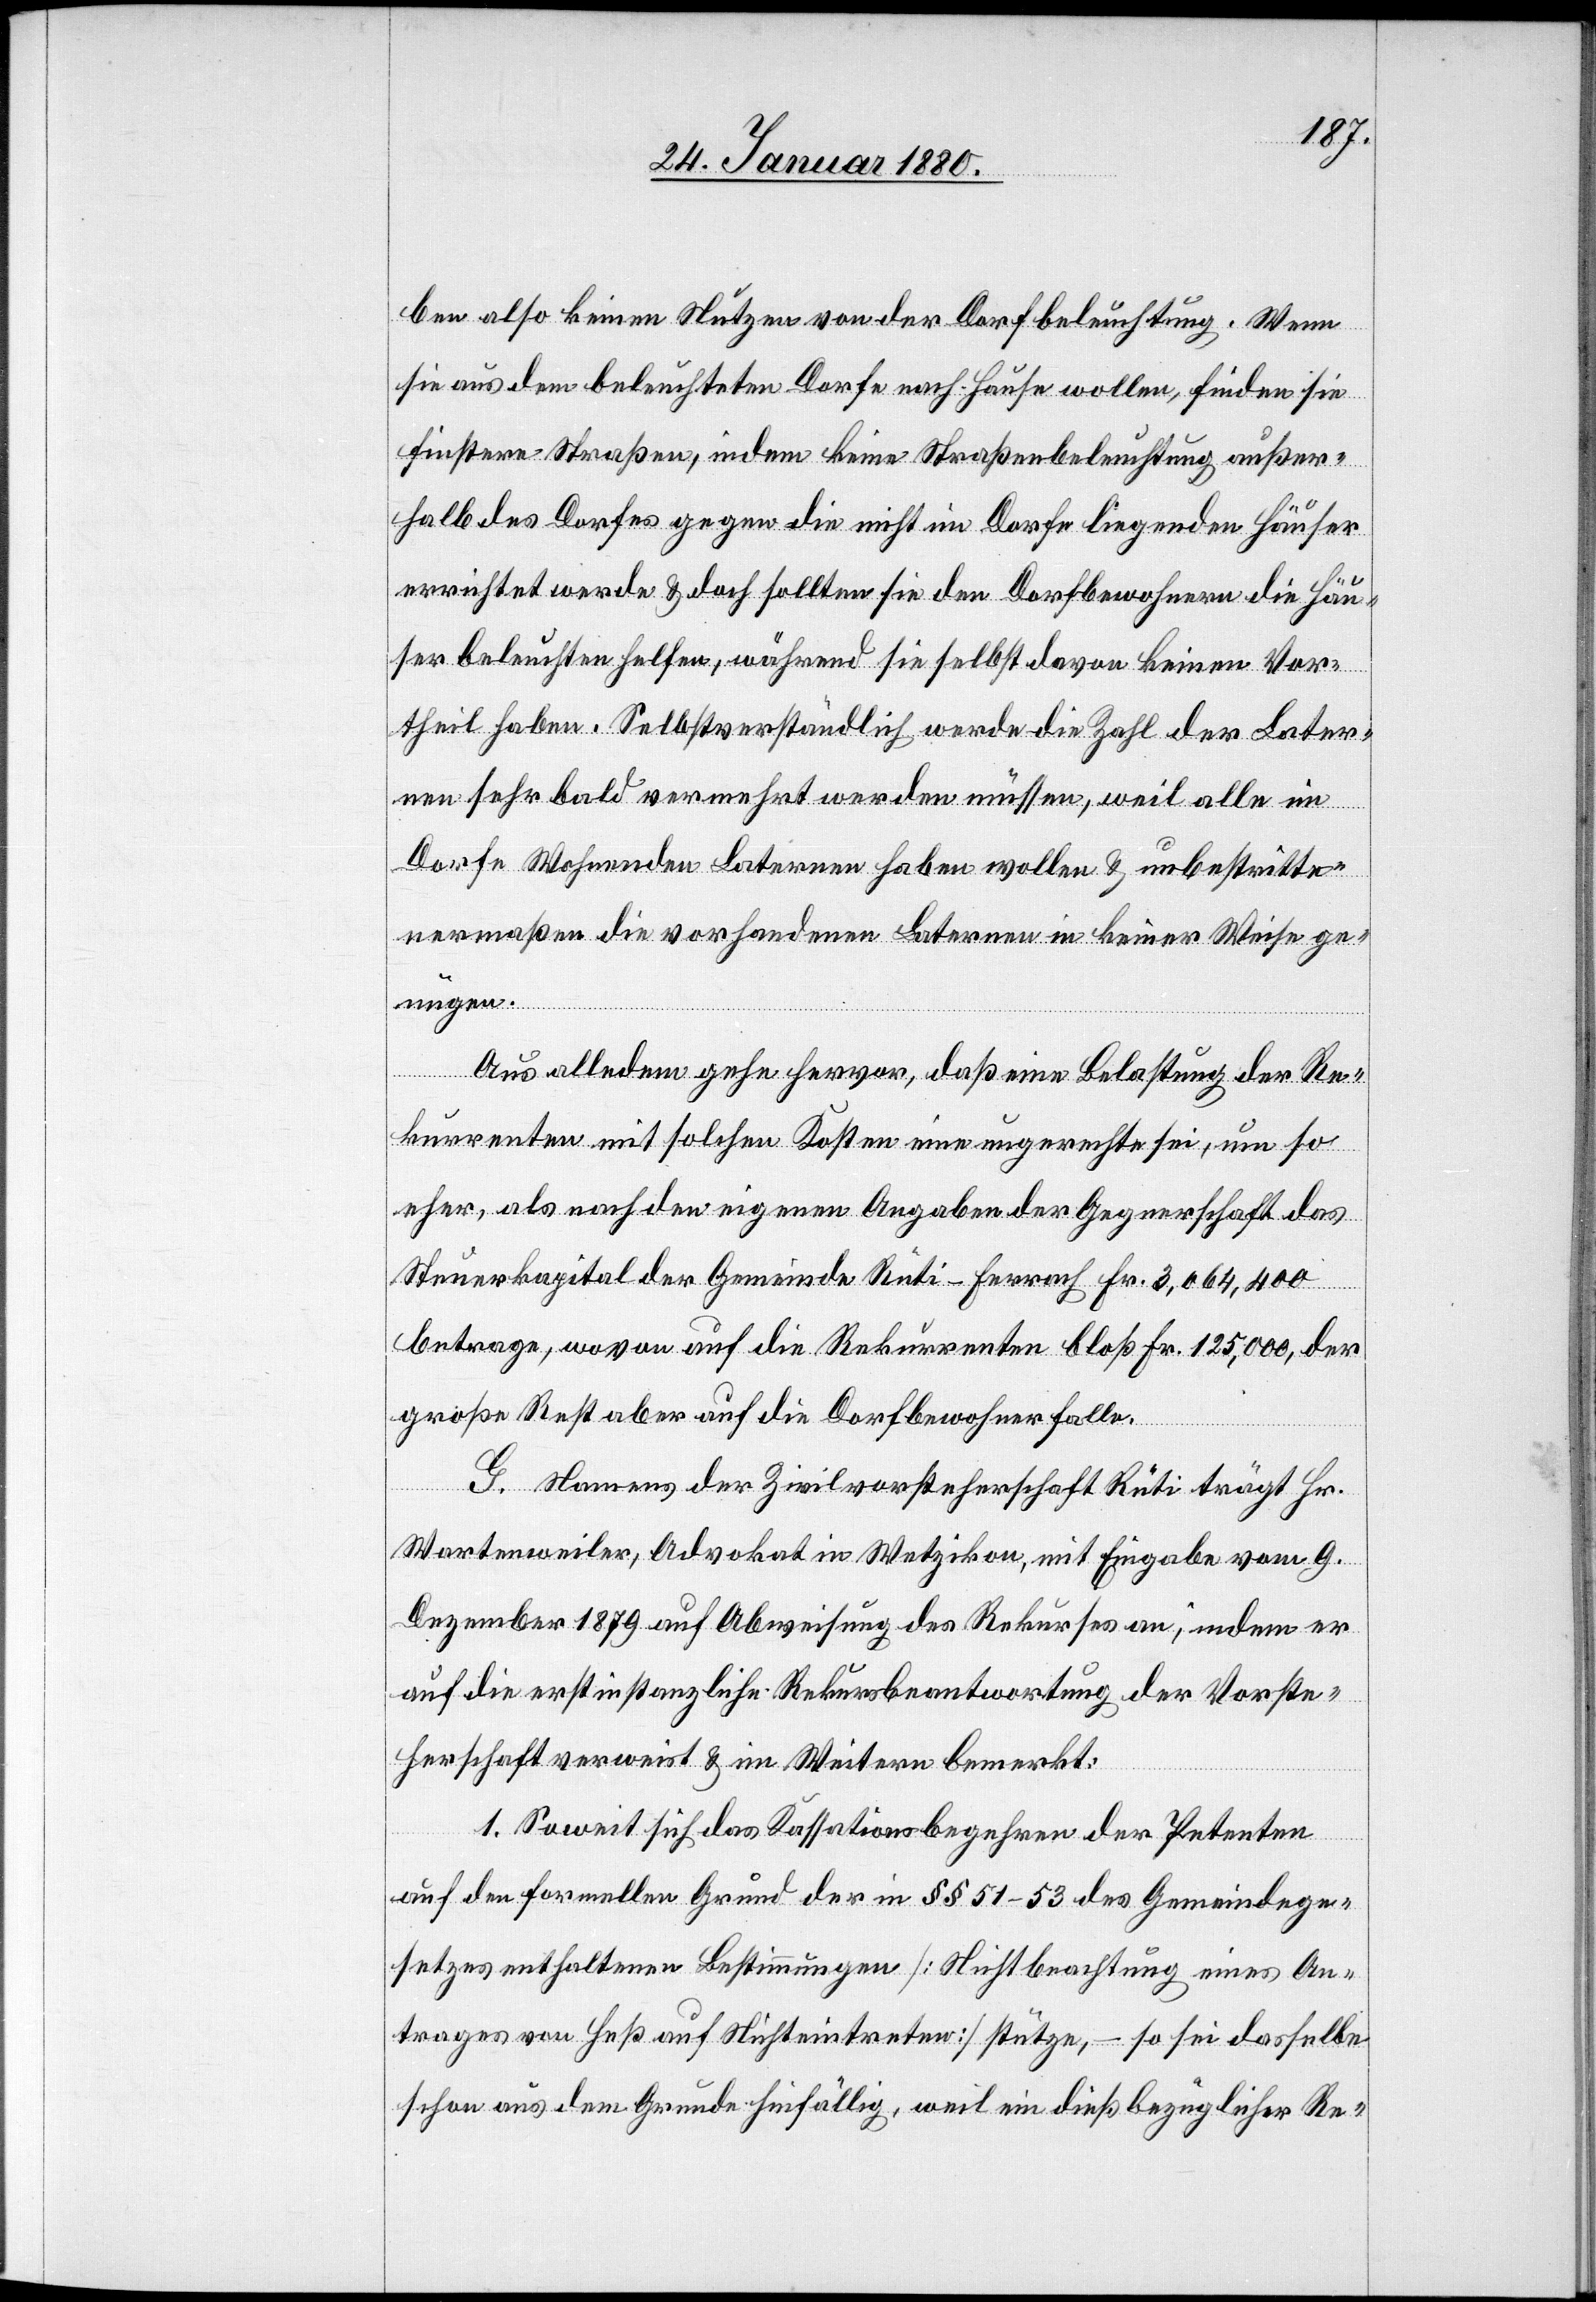
ben also keinen Nutzen von der Dorfbeleuchtung. Wenn
sie aus dem beleuchteten Dorfe nach Hause wollen, finden sie
finstere Straßen, indem keine Straßenbeleuchtung außer¬
halb des Dorfes gegen die nicht im Dorfe liegenden Häuser
errichtet werde & doch sollten sie den Dorfbewohnern die Häu¬
ser beleuchten helfen, während sie selbst davon keinen Vor¬
theil haben. Selbstverständlich werde die Zahl der Later¬
nen sehr bald vermehrt werden müssen, weil alle im
Dorfe Wohnenden Laternen haben wollen & unbestritte¬
nermaßen die vorhandenen Laternen in keiner Weise ge¬
nügen.
Aus alledem gehe hervor, daß eine Belastung der Re¬
kurrenten mit solchen Kosten eine ungerechte sei, um so
eher, als nach den eigenen Angaben der Gegnerschaft das
Steuerkapital der Gemeinde Rüti - Ferrach Fr. 3, 064, 400
betrage, wovon auf die Rekurrenten bloß Fr. 125,000, der
große Rest aber auf die Dorfbewohner falle.
G. Namens der Zivilvorsteherschaft Rüti trägt Hr.
Wartenweiler, Advokat in Wetzikon, mit Eingabe vom 9.
Dezember 1879 auf Abweisung des Rekurses an, indem er
auf die erstinstanzliche Rekursbeantwortung der Vorste¬
herschaft verweist & im Weitern bemerkt:
1. Soweit sich das Kassationsbegehren der Petenten
auf den formellen Grund der in §§ 51–53 des Gemeindege¬
setzes enthaltenen Bestimmungen [Nichtberathung eines An¬
trages von Heß auf Nichteintreten] stütze, – so sei dasselbe
schon aus dem Grunde hinfällig, weil ein dießbezüglicher Re-